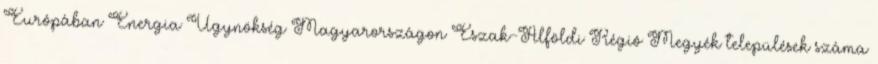
Európában Energia Ügynökség Magyarországon Észak-Alföldi Régió Megyék települések száma